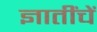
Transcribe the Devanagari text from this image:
ज्ञातींचें